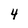
Character: 4